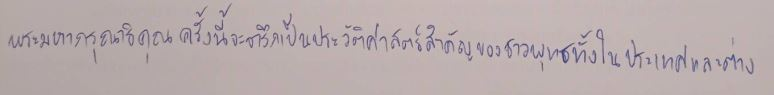
พระมหากรุณาธิคุณครั้งนี้จะจารึกเป็นประวัติศาสตร์สำคัญของชาวพุทธทั้งในประเทศไทยและต่าง